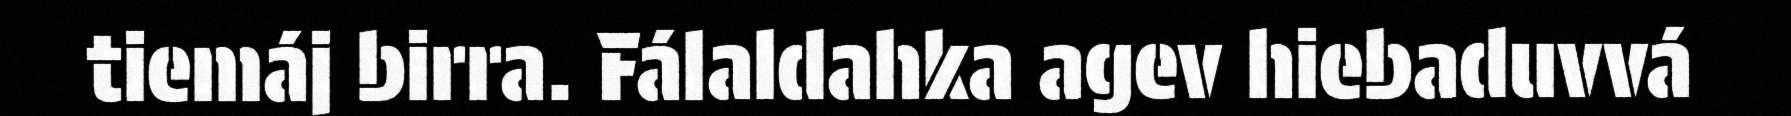
tiemáj birra. Fálaldahka agev hiebaduvvá